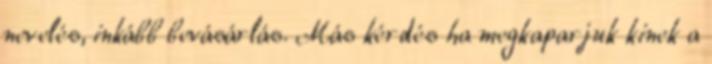
nevelés, inkább bevásárlás. Más kérdés ha megkaparjuk kinek a